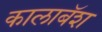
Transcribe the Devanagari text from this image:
कालाबॅश